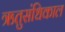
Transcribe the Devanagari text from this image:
ऋतुसंधिकाल